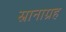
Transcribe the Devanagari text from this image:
स्नानाग्रह